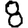
Digit: 8